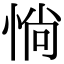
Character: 惝